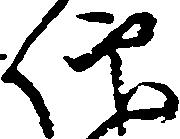
仰